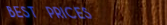
BEST PRICES